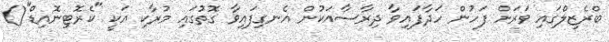
ބްރެޒިލްގައި ވަރަށް ފަހުން ހަދާފައިވާ ދިރާސާއަކުން އެނގިފައިވާ ގޮތުގައި މުރާކި އަކީ "ކެރޮޓިނޮއިޑް"()